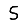
Digit: 5